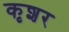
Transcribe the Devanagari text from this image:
कृशर